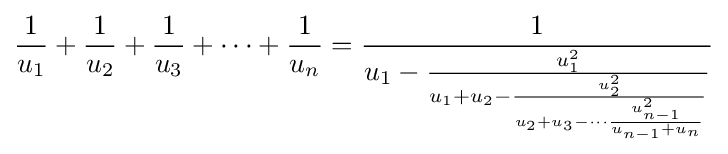
{\frac {1}{u_{1}}}+{\frac {1}{u_{2}}}+{\frac {1}{u_{3}}}+\cdots +{\frac {1}{u_{n}}}={\frac {1}{u_{1}-{\frac {u_{1}^{2}}{u_{1}+u_{2}-{\frac {u_{2}^{2}}{u_{2}+u_{3}-\cdots {\frac {u_{n-1}^{2}}{u_{n-1}+u_{n}}}}}}}}}